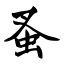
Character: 蚤